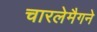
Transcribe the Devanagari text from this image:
चारलेमैगने